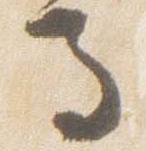
馬